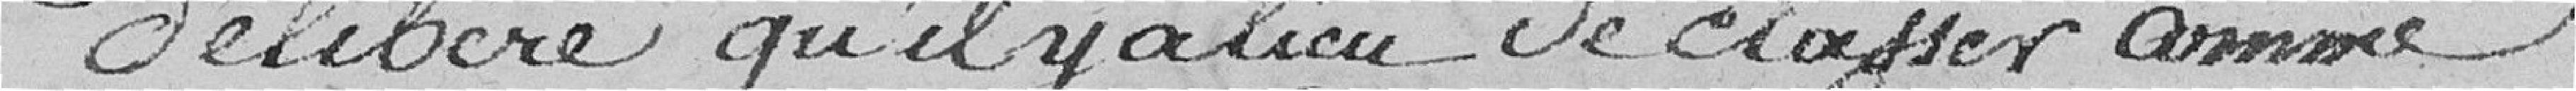
Délibère qu'il y a lieu de classer comme